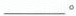
___。